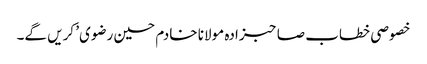
خصوصی خطاب صاحبزادہ مولانا خادم حسین رضوی’ کریں گے۔